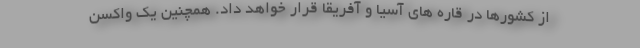
از کشورها در قاره های آسیا و آفریقا قرار خواهد داد. همچنین یک واکسن